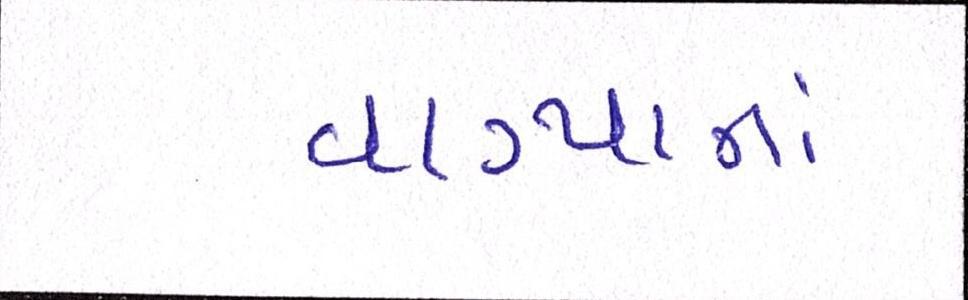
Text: વાગ્યાનાં